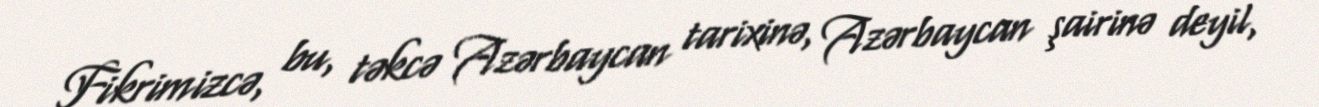
Fikrimizcə, bu, təkcə Azərbaycan tarixinə, Azərbaycan şairinə deyil,